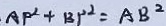
A P ^ { 2 } + B P ^ { 2 } = A B ^ { 2 }